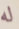
له